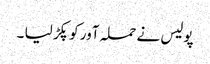
پولیس نے حملہ آور کو پکڑ لیا ۔